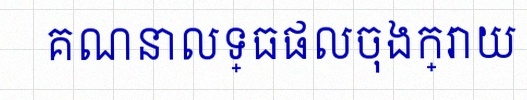
គណនាលទ្ធផលចុងក្រោយ